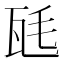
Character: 瓱